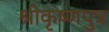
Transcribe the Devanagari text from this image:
श्रीकृष्णपुत्र